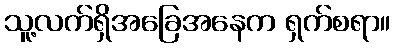
သူ့လက်ရှိအခြေအနေက ရှက်စရာ။